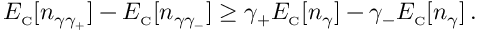
E _ { \scriptscriptstyle \mathrm { C } } [ n _ { \gamma \gamma _ { + } } ] - E _ { \scriptscriptstyle \mathrm { C } } [ n _ { \gamma \gamma _ { - } } ] \geq \gamma _ { + } E _ { \scriptscriptstyle \mathrm { C } } [ n _ { \gamma } ] - \gamma _ { - } E _ { \scriptscriptstyle \mathrm { C } } [ n _ { \gamma } ] \, .